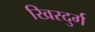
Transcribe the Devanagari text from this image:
खिरदुर्ग